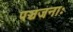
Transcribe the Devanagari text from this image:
पञ्चजनाः